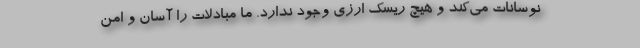
نوسانات می‌کند و هیچ ریسک ارزی وجود ندارد. ما مبادلات را آسان و امن